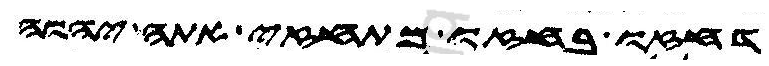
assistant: דחזו בחזו מתחזי אתה יהוה